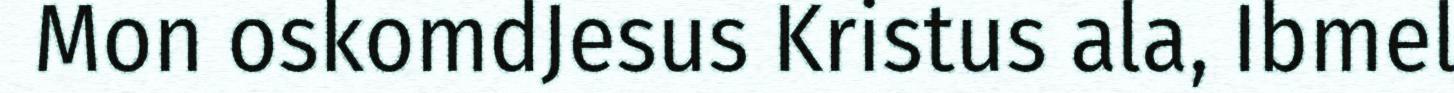
Mon oskomdJesus Kristus ala, Ibmel